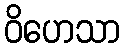
ဝိဟေသာ